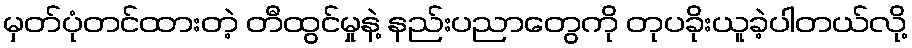
မှတ်ပုံတင်ထားတဲ့ တီထွင်မှုနဲ့ နည်းပညာတွေကို တုပခိုးယူခဲ့ပါတယ်လို့